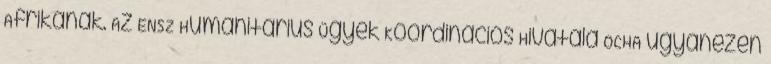
Afrikának. Az ENSZ Humanitárius Ügyek Koordinációs Hivatala OCHA ugyanezen